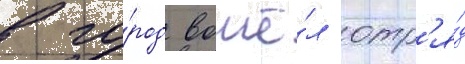
в го́род вошё́л отр'я́д